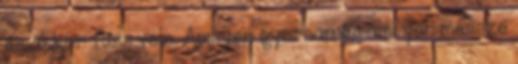
és akkor fuss vele. Amilyen gyorsan és amilyen messze